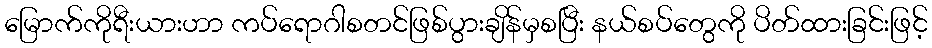
မြောက်ကိုရီးယားဟာ ကပ်ရောဂါစတင်ဖြစ်ပွားချိန်မှစပြီး နယ်စပ်တွေကို ပိတ်ထားခြင်းဖြင့်